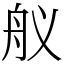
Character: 舣